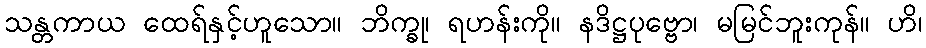
သန္တကာယ ထေရ်နှင့်ဟူသော။ ဘိက္ခု၊ ရဟန်းကို။ နဒိဋ္ဌပုဗ္ဗော၊ မမြင်ဘူးကုန်။ ဟိ၊